Annual report on the Civil Veterinary Department, Burma (including the Insein Veterinary School) - 1910-1922
Year: 1910
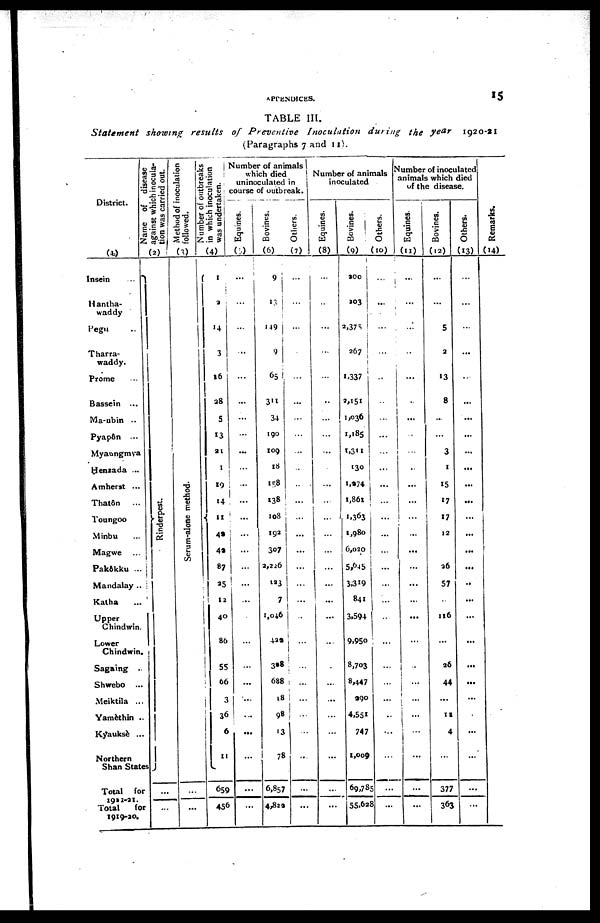
APPENDICES.
15
TABLE III.
Statement
showing results
of Preventive
Inoculation
during
the year
1920-21
(Paragraphs 7 and 11).
Di s t
r i
ct .
(1)
Insein ...
Hantha-
waddy
Pegu ...
Tharra-
waddy.
Prome ...
Bassein ...
Ma-ubin ..
Pyapôn ...
Myaungmya
Henzada ...
Amherst ...
Thatôn ...
Toungoo
Minbu ...
Magwe ...
Pakôkku ..
Mandalay .
Katha ...
Upper
Chindwin
Lower
Chindwin
Sagaing ..
Shwebo ..
Meiktila ..
Yamèthin .
Kyauksè ..
Northern
Total for
1922 -21.
Total for
1919 -20.
Name of disease
against which inocula-
tion was carried out.
(2)
Renderpest.
...
...
Method of inoculation
followed.
(3)
Serum-alone method.
...
...
Number of outbreaks
in which inoculation
was undertaken.
(4)
1
2
14
3
16
28
5
13
21
1
19
14
11
42
42
87
25
12
40
86
55
66
3
36
6
11
659
456
Number of animals
which died
uninoculated in
course of outbreak.
Equines.
(5)
...
...
...
...
...
...
...
...
...
...
...
...
...
...
...
...
...
...
...
...
...
...
...
...
...
...
...
...
Bovines.
(6)
9
13
149
9
65
311
34
190
109
18
158
138
108
192
307
2,226
123
7
1,046
422
328
688
18
98
13
78
6,857
4,824
Others.
(7)
...
...
...
.
...
...
...
...
...
...
...
...
...
...
...
...
...
...
...
...
...
...
...
...
...
...
...
...
Number of animals
inoculated
Equines.
(8)
...
...
...
...
...
..
...
...
...
...
...
...
...
...
...
...
...
...
...
...
...
...
...
...
...
...
...
...
Bovines.
(9)
200
203
2,375
267
1,337
2,151
1,036
1,185
1,311
130
1,274
1,861
1,363
1,980
6,020
5,645
3,319
841
3,594
9,950
8,703
8,447
290
4,551
747
1,009
69,785
55,628
Others.
(10)
...
...
...
...
..
..
...
...
...
...
...
...
...
...
...
...
...
...
...
...
...
...
...
..
...
...
...
...
Number of inoculated
animals which died
of the disease.
Equines.
(12)
...
...
...
...
...
...
...
...
...
..
...
...
...
...
...
...
...
...
...
...
..
...
...
...
...
...
...
...
Bovines.
(12)
...
...
5
2
13
8
...
...
3
1
15
17
17
12
...
26
57
...
116
...
26
44
...
11
4
...
377
363
Others.
(13)
...
...
...
...
...
...
...
...
...
...
...
...
...
...
...
...
..
...
...
...
...
...
...
...
...
...
...
...
Remarks.
(14)